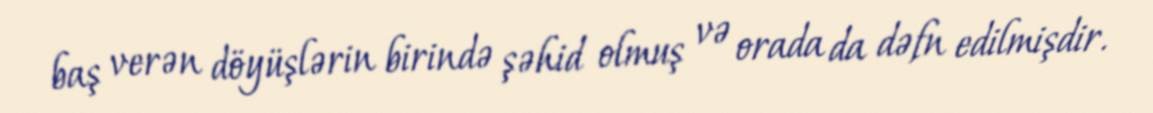
baş verən döyüşlərin birində şəhid olmuş və orada da dəfn edilmişdir.